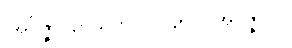
။အဝိဇ္ဇာပဉှာသုတ်၊ ပါ-၄၅၁။ အဝိဇ္ဇာဝဂ်